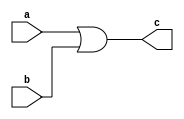
module OR_gate(
    input a,
    input b,
    output c
);
    
assign c = a | b;

endmodule